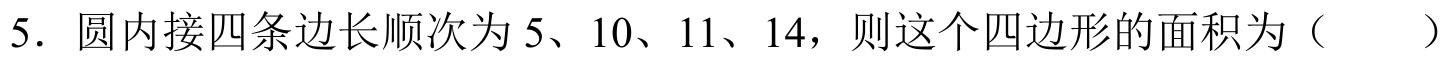
5. 圆内接四条边长顺次为\(5\)、\(10\)、\(11\)、\(14\)，则这个四边形的面积为（  ）